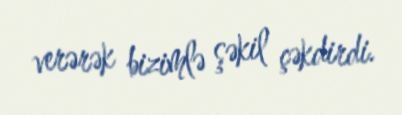
verərək bizimlə şəkil çəkdirdi.